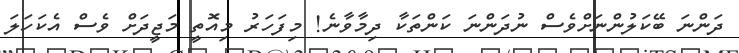
ދަންނަ ބޭކަލުންނަށްވެސް ނުދަންނަ ކަންތަކާ ދިމާވާނެ! މިފަހަރު މިއޮތީ މަޖީދަށް ވެސް އެކަހަލަ